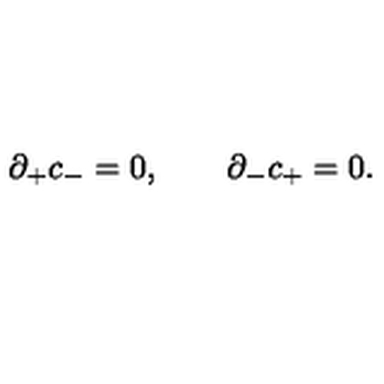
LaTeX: \partial _ { + } c _ { - } = 0 , \qquad \partial _ { - } c _ { + } = 0 .